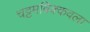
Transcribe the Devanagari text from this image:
चट्टमबिक्कवला